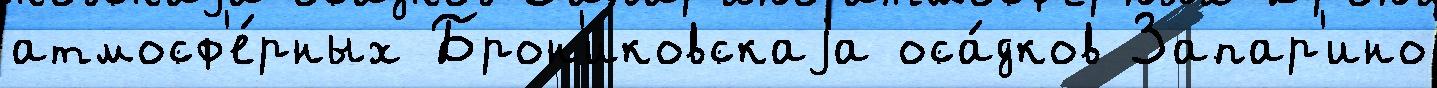
атмосф'е́рных Брон'иковскаjа оса́дков Запар'ино